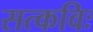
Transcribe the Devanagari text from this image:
सत्कविः